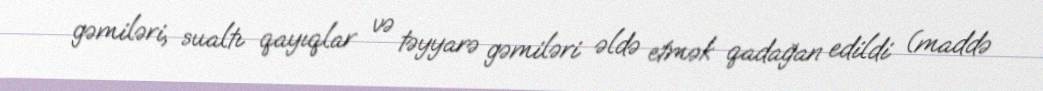
gəmiləri, sualtı qayıqlar və təyyarə gəmiləri əldə etmək qadağan edildi (maddə